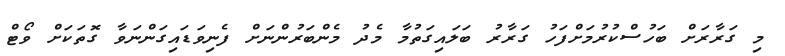
މި ގަރާރަށް ބަހުސްކުރުމަށްފަހު ގަރާރު ބަލައިގަތުމާ މެދު މެންބަރުންނަށް ފެނިވަޑައިގަންނަވާ ގޮތަކަށް ވޯޓް